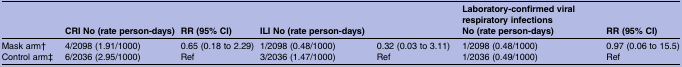
<table><thead><tr><td></td><td><b>CRI No (rate person-days)</b></td><td><b>RR (95% CI)</b></td><td><b>ILI No (rate person-days)</b></td><td></td><td><b>Laboratory-confirmed viral respiratory infectionsNo (rate person-days)</b></td><td><b>RR (95% CI)</b></td></tr></thead><tbody><tr><td>Mask arm†</td><td>4/2098 (1.91/1000)</td><td>0.65 (0.18 to 2.29)</td><td>1/2098 (0.48/1000)</td><td>0.32 (0.03 to 3.11)</td><td>1/2098 (0.48/1000)</td><td>0.97 (0.06 to 15.5)</td></tr><tr><td>Control arm‡</td><td>6/2036 (2.95/1000)</td><td>Ref</td><td>3/2036 (1.47/1000)</td><td>Ref</td><td>1/2036 (0.49/1000)</td><td>Ref</td></tr></tbody></table>